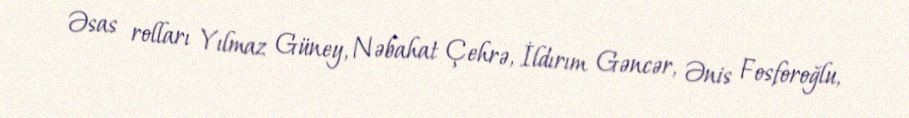
Əsas rolları Yılmaz Güney, Nəbahat Çehrə, İldırım Gəncər, Ənis Fosforoğlu,